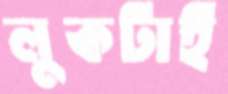
লুকটাই